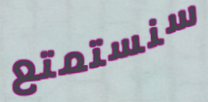
سنستمتع